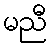
မညီ